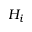
H _ { i }